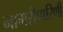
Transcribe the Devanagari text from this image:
नागरीप्रारिणी